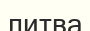
литва